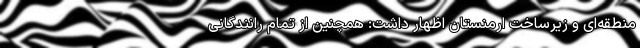
منطقه‌ای و زیرساخت‌ ارمنستان اظهار داشت: همچنین از تمام رانندگانی